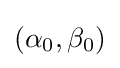
(\alpha _{0},\beta _{0})